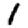
Digit: 1